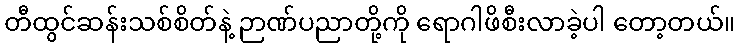
တီထွင်ဆန်းသစ်စိတ်နဲ့ ဉာဏ်ပညာတို့ကို ရောဂါဖိစီးလာခဲ့ပါ တော့တယ်။